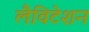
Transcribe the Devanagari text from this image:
लैविटेशन